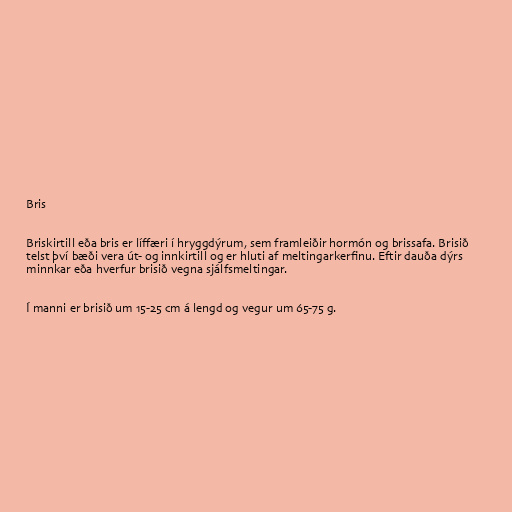
Bris

Briskirtill eða bris er líffæri í hryggdýrum, sem framleiðir hormón og brissafa. Brisið
telst því bæði vera út- og innkirtill og er hluti af meltingarkerfinu. Eftir dauða dýrs
minnkar eða hverfur brisið vegna sjálfsmeltingar.

Í manni er brisið um 15-25 cm á lengd og vegur um 65-75 g.